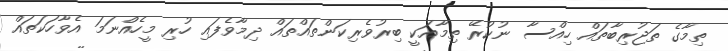
ތިމާގެ ތަޖުރިބާތައް ހިއްސާ ނުކުރޭ ތިމާއަކީ ބިރުވެރިކަންތައްތައް ދިމާވެފައި ހުރި މީހެއްނަމަ އެވާހަކަތައް